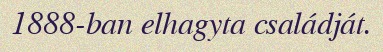
1888-ban elhagyta családját.